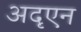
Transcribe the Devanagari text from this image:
अदृएन